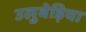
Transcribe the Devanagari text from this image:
उलुबेड़िया